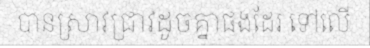
បានស្រាវជ្រាវដូចគ្នាផងដែរ ទៅលើ